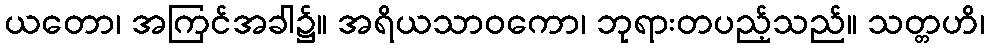
ယတော၊ အကြင်အခါ၌။ အရိယသာဝကော၊ ဘုရားတပည့်သည်။ သတ္တဟိ၊